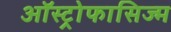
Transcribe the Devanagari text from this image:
ऑस्ट्रोफासिज्म